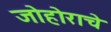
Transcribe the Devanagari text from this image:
जोहोराचे